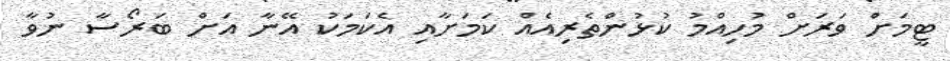
ޓީމަށް ވަރަށް މުހިއްމު ކުޅުންތެރިއެއް ކަމަށާއި އެކަމަކު އޭނާ އަށް ބަރޯސާ ނުވާ